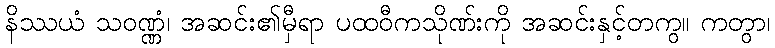
နိဿယံ သဝဏ္ဏံ၊ အဆင်း၏မှီရာ ပထဝီကသိုဏ်းကို အဆင်းနှင့်တကွ။ ကတွာ၊